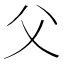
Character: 父